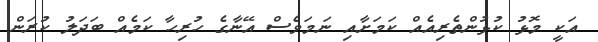
އަކީ މޮޅު ކުޅުންތެރިއެއް ކަމަށާއި ނަމަވެސް އޭނާގެ ހުރިހާ ކަމެއް ބަދަލު ކުރަން